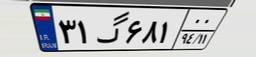
۵۰گ۴۴۵۵۴